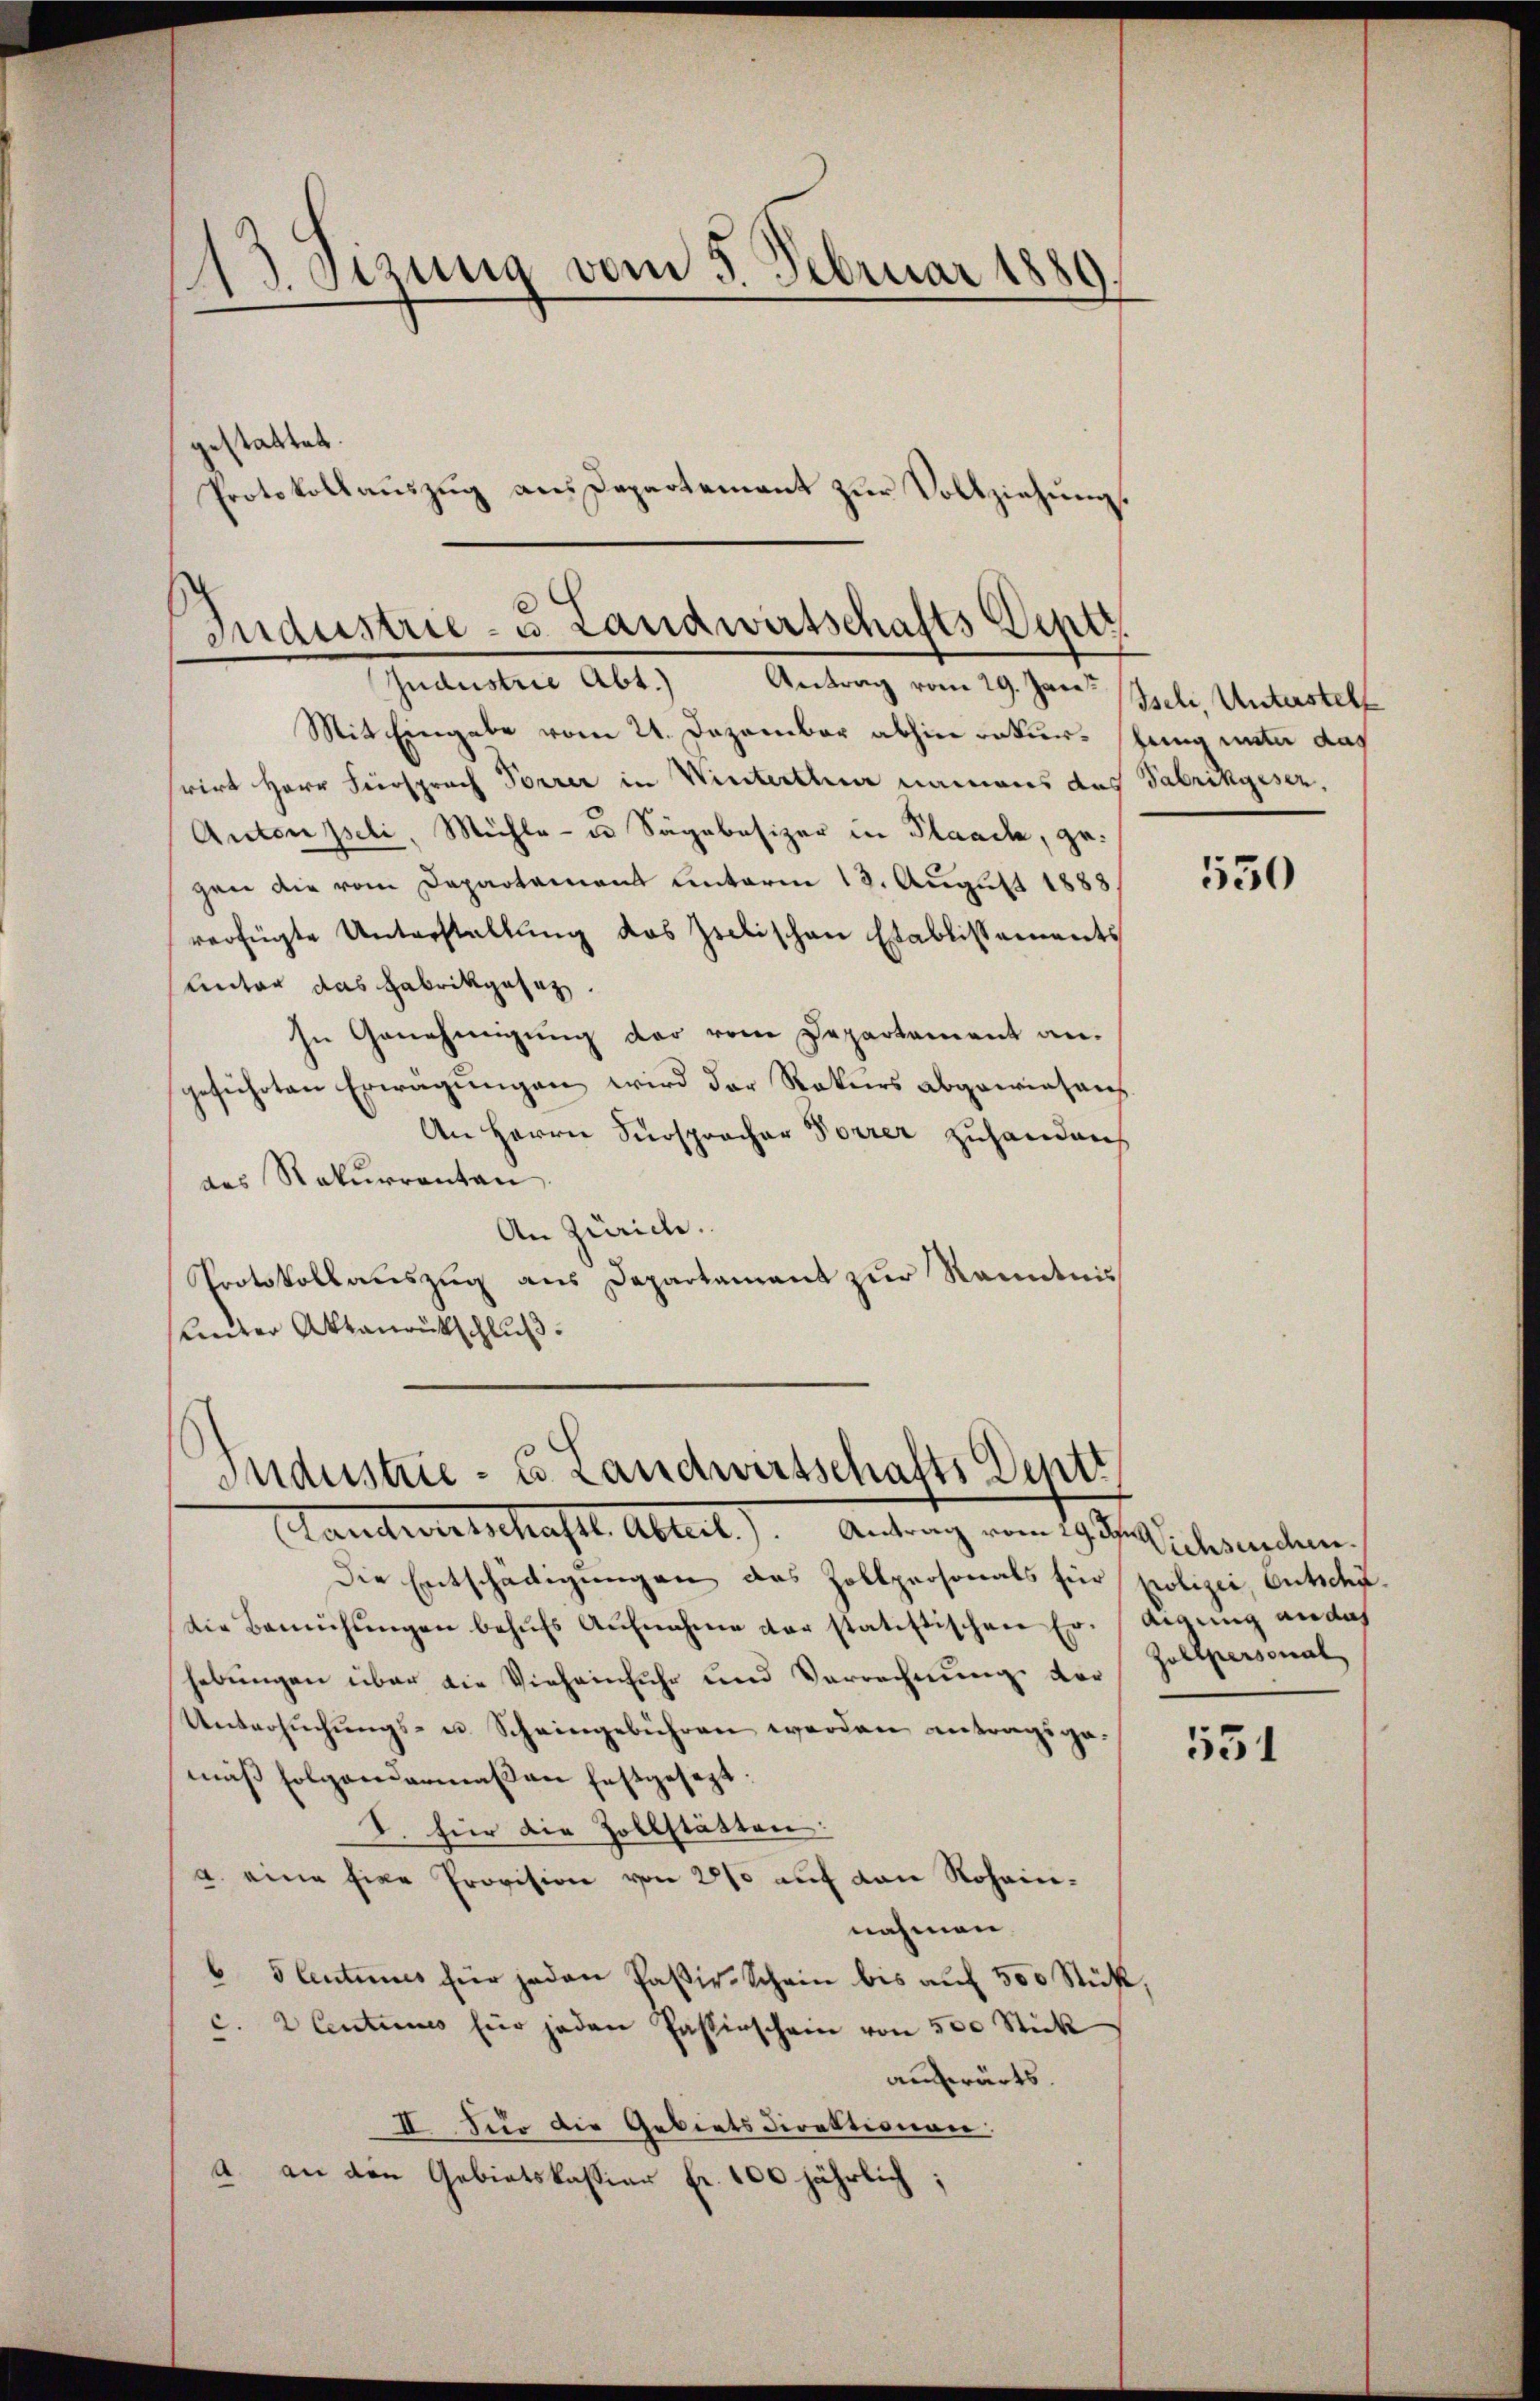
13. Sizung vom 5. Februar 1889.

gestattet.
Protokollauszug aus Departement zur Vollziehung.

Industrie- u. Landwirtschafts Deptr.
Judustrie Abt.) Antrag vom 29. Jan. Iseli, Unterstell

Mit Eingabe vom 21. Dezember abhin rekurs hung unter das
rirt Herr Fürsprach Forrer in Winterthur namens das Fabrikgeser,
Antonpeli, Mühle - u Sägebesizer in Plaach, gegen die vom Departament unterm 13. August 1888
verfügte Unterstellung das Zielischen Etablistaments
Unter das Fabrikgesez.
In Genehmigung der vom Departament angeführten Erwägungen wird der Rekurs abgewiesens
An Herrn Fürspracher Forrer zuhanden
des Rekurrenten.
An Zürich.
Protokollauszug aus Departament zur Kenntnis
Unter Aktanrückschluß.

s
Industrie - u. Landwirtschafts Dentt

Landwirtschaft. Altert). Antrag vom 29. endlichsenden.
Die Entschädigungen das Zollpersonals für polizei, Gutschu
die Bemühŭngen behŭfs Aŭfnahme der statistischen Ereigung an dah
hebŭngen über die Vieheinfuhr und Verrechnŭng von Zollpersonal
Untersuchungs- u. Scheingebühren werden antragsgemuß folgendermaßen festgesezt:
I. für die Zollstätten:
a. eine hier Provision von 281 auf den Rohainnahmen.
6 Slutumes für jeden Paßiv-Schein bis auf 500 Stück
c. 2 Centimes für jeden Passirschein von 500 Stück
auswärts.
II. Für die Gebietsdirektionen.
A. an den Gebietskassiar Fr. 100 jährlich;

550

531